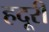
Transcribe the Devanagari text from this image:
हदूरी